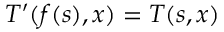
T ^ { \prime } ( f ( s ) , x ) = T ( s , x )